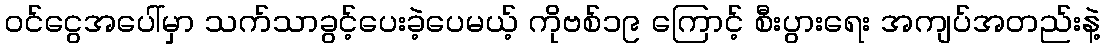
ဝင်ငွေအပေါ်မှာ သက်သာခွင့်ပေးခဲ့ပေမယ့် ကိုဗစ်၁၉ ကြောင့် စီးပွားရေး အကျပ်အတည်းနဲ့